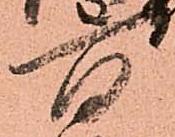
百